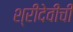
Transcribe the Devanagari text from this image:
श्रीदेवीची